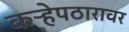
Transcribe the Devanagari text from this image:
कऱ्हेपठारावर